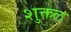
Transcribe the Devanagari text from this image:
शुक्तल